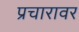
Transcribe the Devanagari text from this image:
प्रचारावर